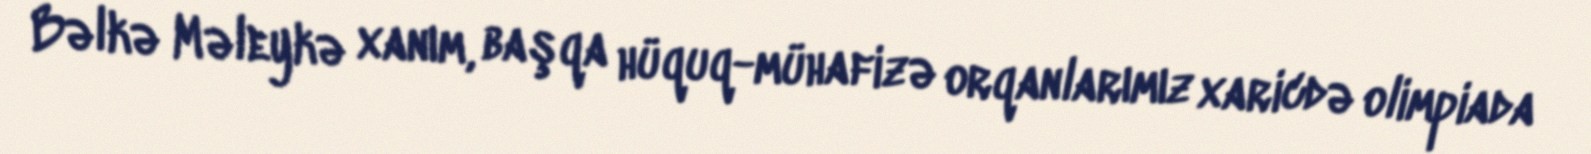
Bəlkə Məleykə xanım, başqa hüquq-mühafizə orqanlarımız xaricdə olimpiada